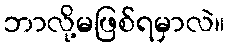
ဘာလို့မဖြစ်ရမှာလဲ။